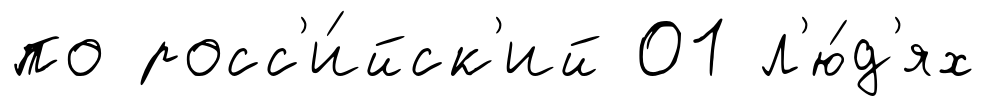
по росс'и́йск'ий 01 л'ю́д'ях